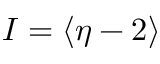
I = \langle \eta - 2 \rangle